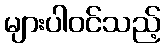
များပါဝင်သည့်